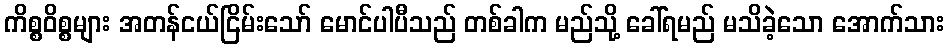
ကိစ္စဝိစ္စများ အတန်ငယ်ငြိမ်းသော် မောင်ပါပီသည် တစ်ခါက မည်သို့ ခေါ်ရမည် မသိခဲ့သော အောက်သား